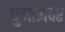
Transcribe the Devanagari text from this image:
घुमारावर